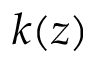
k ( z )